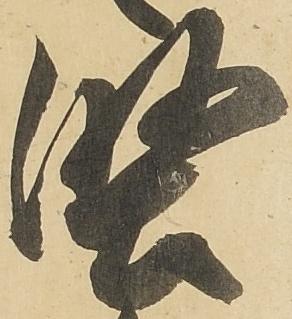
堅